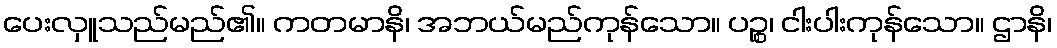
ပေးလှူသည်မည်၏။ ကတမာနိ၊ အဘယ်မည်ကုန်သော။ ပဉ္စ၊ ငါးပါးကုန်သော။ ဌာနိ၊